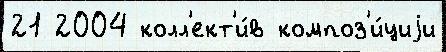
21 2004 колл'ект'и́в композ'и́циjи